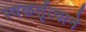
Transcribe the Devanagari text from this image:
स्वकर्तृत्वाने